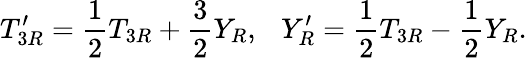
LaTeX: T_{3R}^{\prime}={\frac{1}{2}}T_{3R}+{\frac{3}{2}}Y_{R},~~~Y_{R}^{\prime}={\frac{1}{2}}T_{3R}-{\frac{1}{2}}Y_{R}.